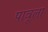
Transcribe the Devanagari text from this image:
पावूला